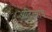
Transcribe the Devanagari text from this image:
आदित्याचे